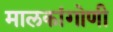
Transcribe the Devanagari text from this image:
मालकांगोणी